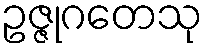
ဥဇ္ဇုဂတေသု